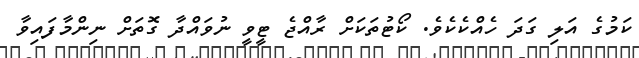
ކަމުގެ އަލި ގަދަ ހެއްކެކެވެ. ކޯޓުތަކަށް ރާއްޖެ ޓީވީ ނުވައްދާ ގޮތަށް ނިންމާފައިވާ